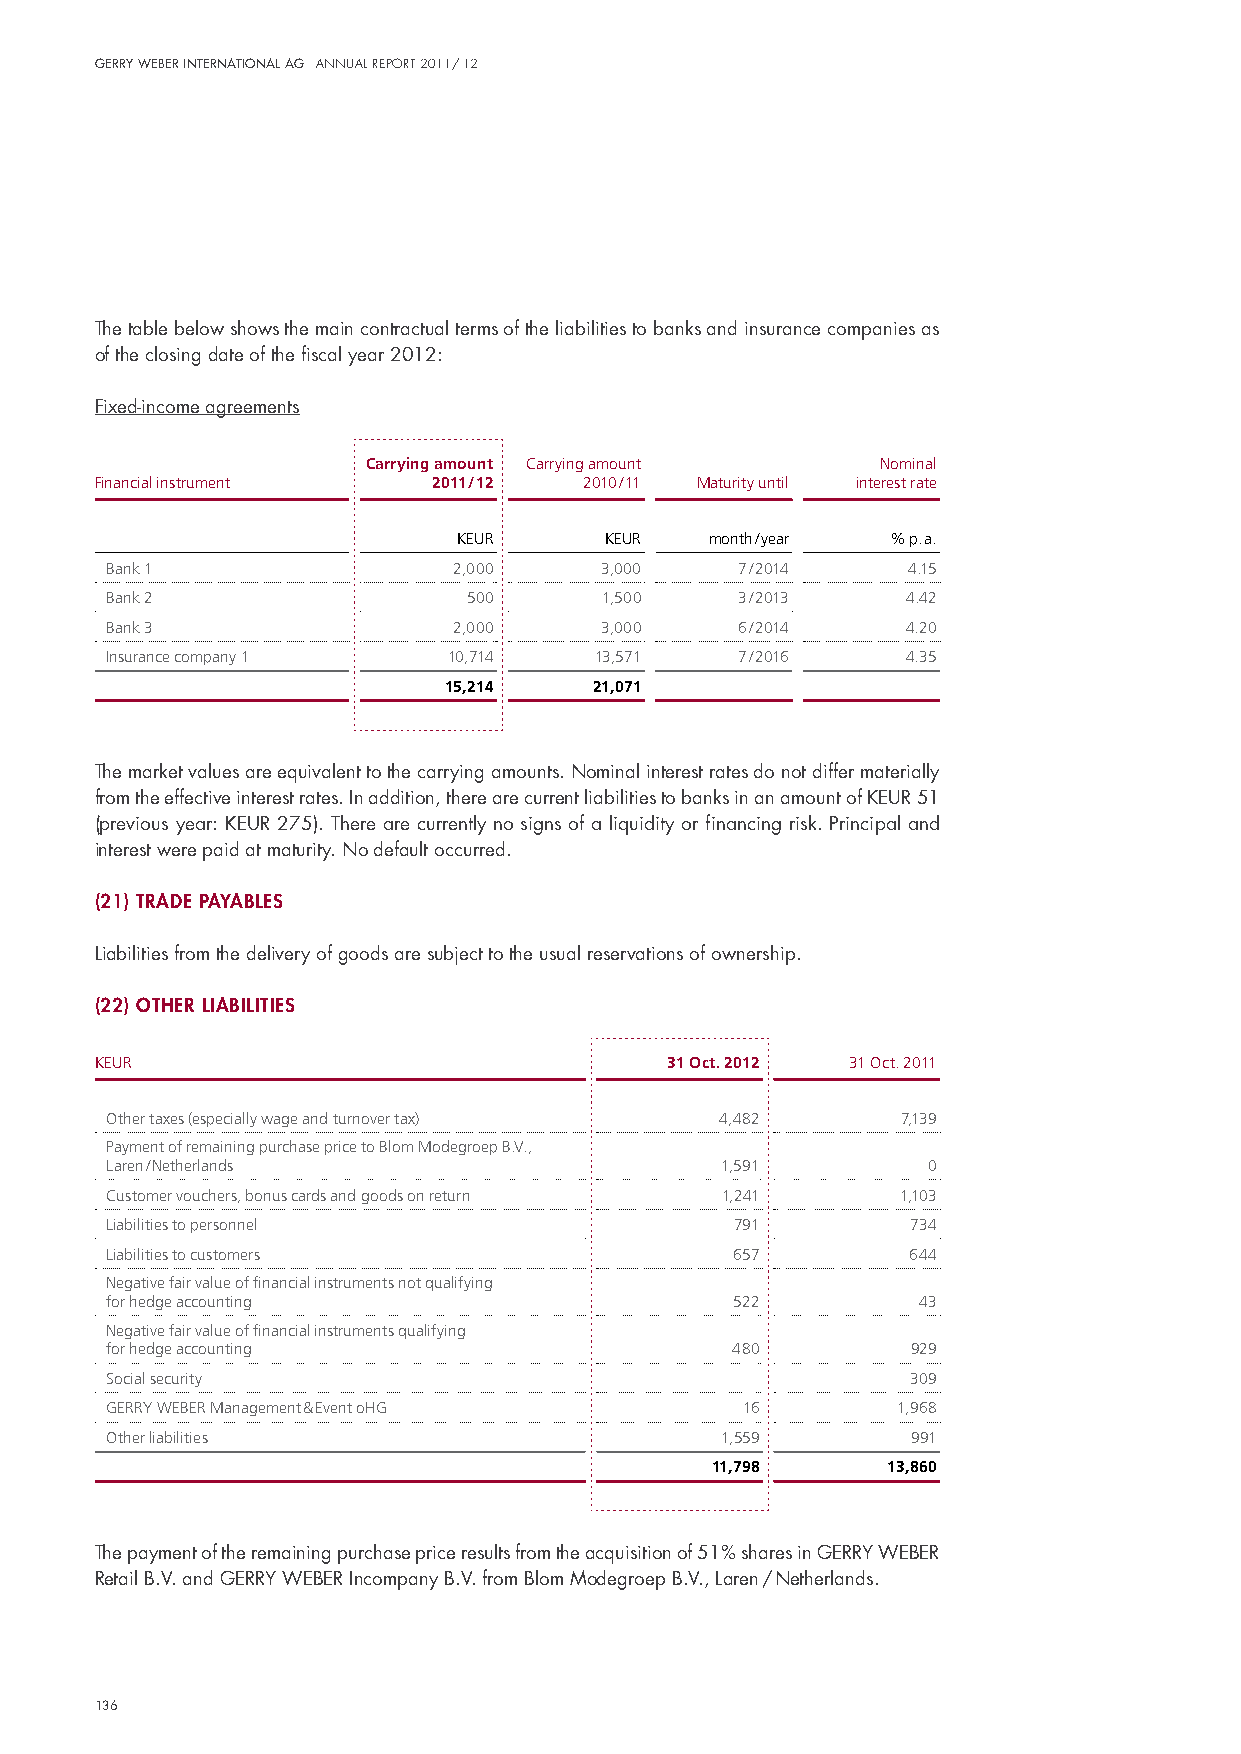
Gerry Weber InternatIonal aG annual report 2011/ 12
 The table below shows the main contractual terms of the liabilities to banks and insurance companies as
 of the closing date of the fiscal year 2012:
 Fixed-income agreements
 Carrying amount Carrying amount   Nominal
 Financial instrument   2011 / 12 2010 / 11 Maturity until interest rate
 KEUR      KEUR   month / year % p. a.
 Bank 1                 2,000     3,000    7 / 2014   4.15
 Bank 2                  500      1,500    3 / 2013   4.42
 Bank 3                 2,000     3,000    6 / 2014   4.20
 Insurance company 1    10,714   13,571    7 / 2016   4.35
 15,214    21,071
 The market values are equivalent to the carrying amounts. nominal interest rates do not differ materially
 from the effective interest rates. in addition, there are current liabilities to banks in an amount of KeuR 51
 (previous year: KeuR 275). There are currently no signs of a liquidity or financing risk. principal and
 interest were paid at maturity. no default occurred.
 (21) trade payaBles
 liabilities from the delivery of goods are subject to the usual reservations of ownership.
 (22) other lIaBIlItIes
 KEUR                                  31 Oct. 2012 31 Oct. 2011
 Other taxes (especially wage and turnover tax) 4,482 7,139
 Payment of remaining purchase price to Blom Modegroep B.V.,
 Laren / Netherlands                      1,591        0
 Customer vouchers, bonus cards and goods on return 1,241 1,103
 Liabilities to personnel                  791        734
 Liabilities to customers                  657        644
 Negative fair value of financial instruments not qualifying
 for hedge accounting                      522         43
 Negative fair value of financial instruments qualifying
 for hedge accounting                     480         929
 Social security                                      309
 GERRY WEBER Management & Event oHG        16        1,968
 Other liabilities                        1,559       991
 11,798      13,860
 The payment of the remaining purchase price results from the acquisition of 51% shares in GeRRY WeBeR
 Retail B.v. and GeRRY WeBeR incompany B.v. from Blom modegroep B.v., laren / netherlands.
 136